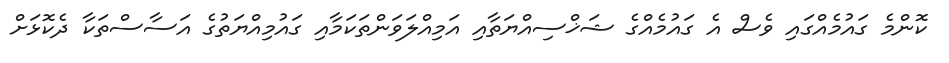
ކޮންމެ ގައުމެއްގައި ވެސް އެ ގައުމެއްގެ ޝަޚްސިއްޔަތާއި އަމިއްލަވަންތަކަމާއި ގައުމިއްޔަތުގެ އަސާސްތަކާ ދެކޮޅަށް